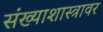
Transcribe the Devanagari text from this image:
संख्याशास्त्रावर